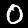
Digit: 0